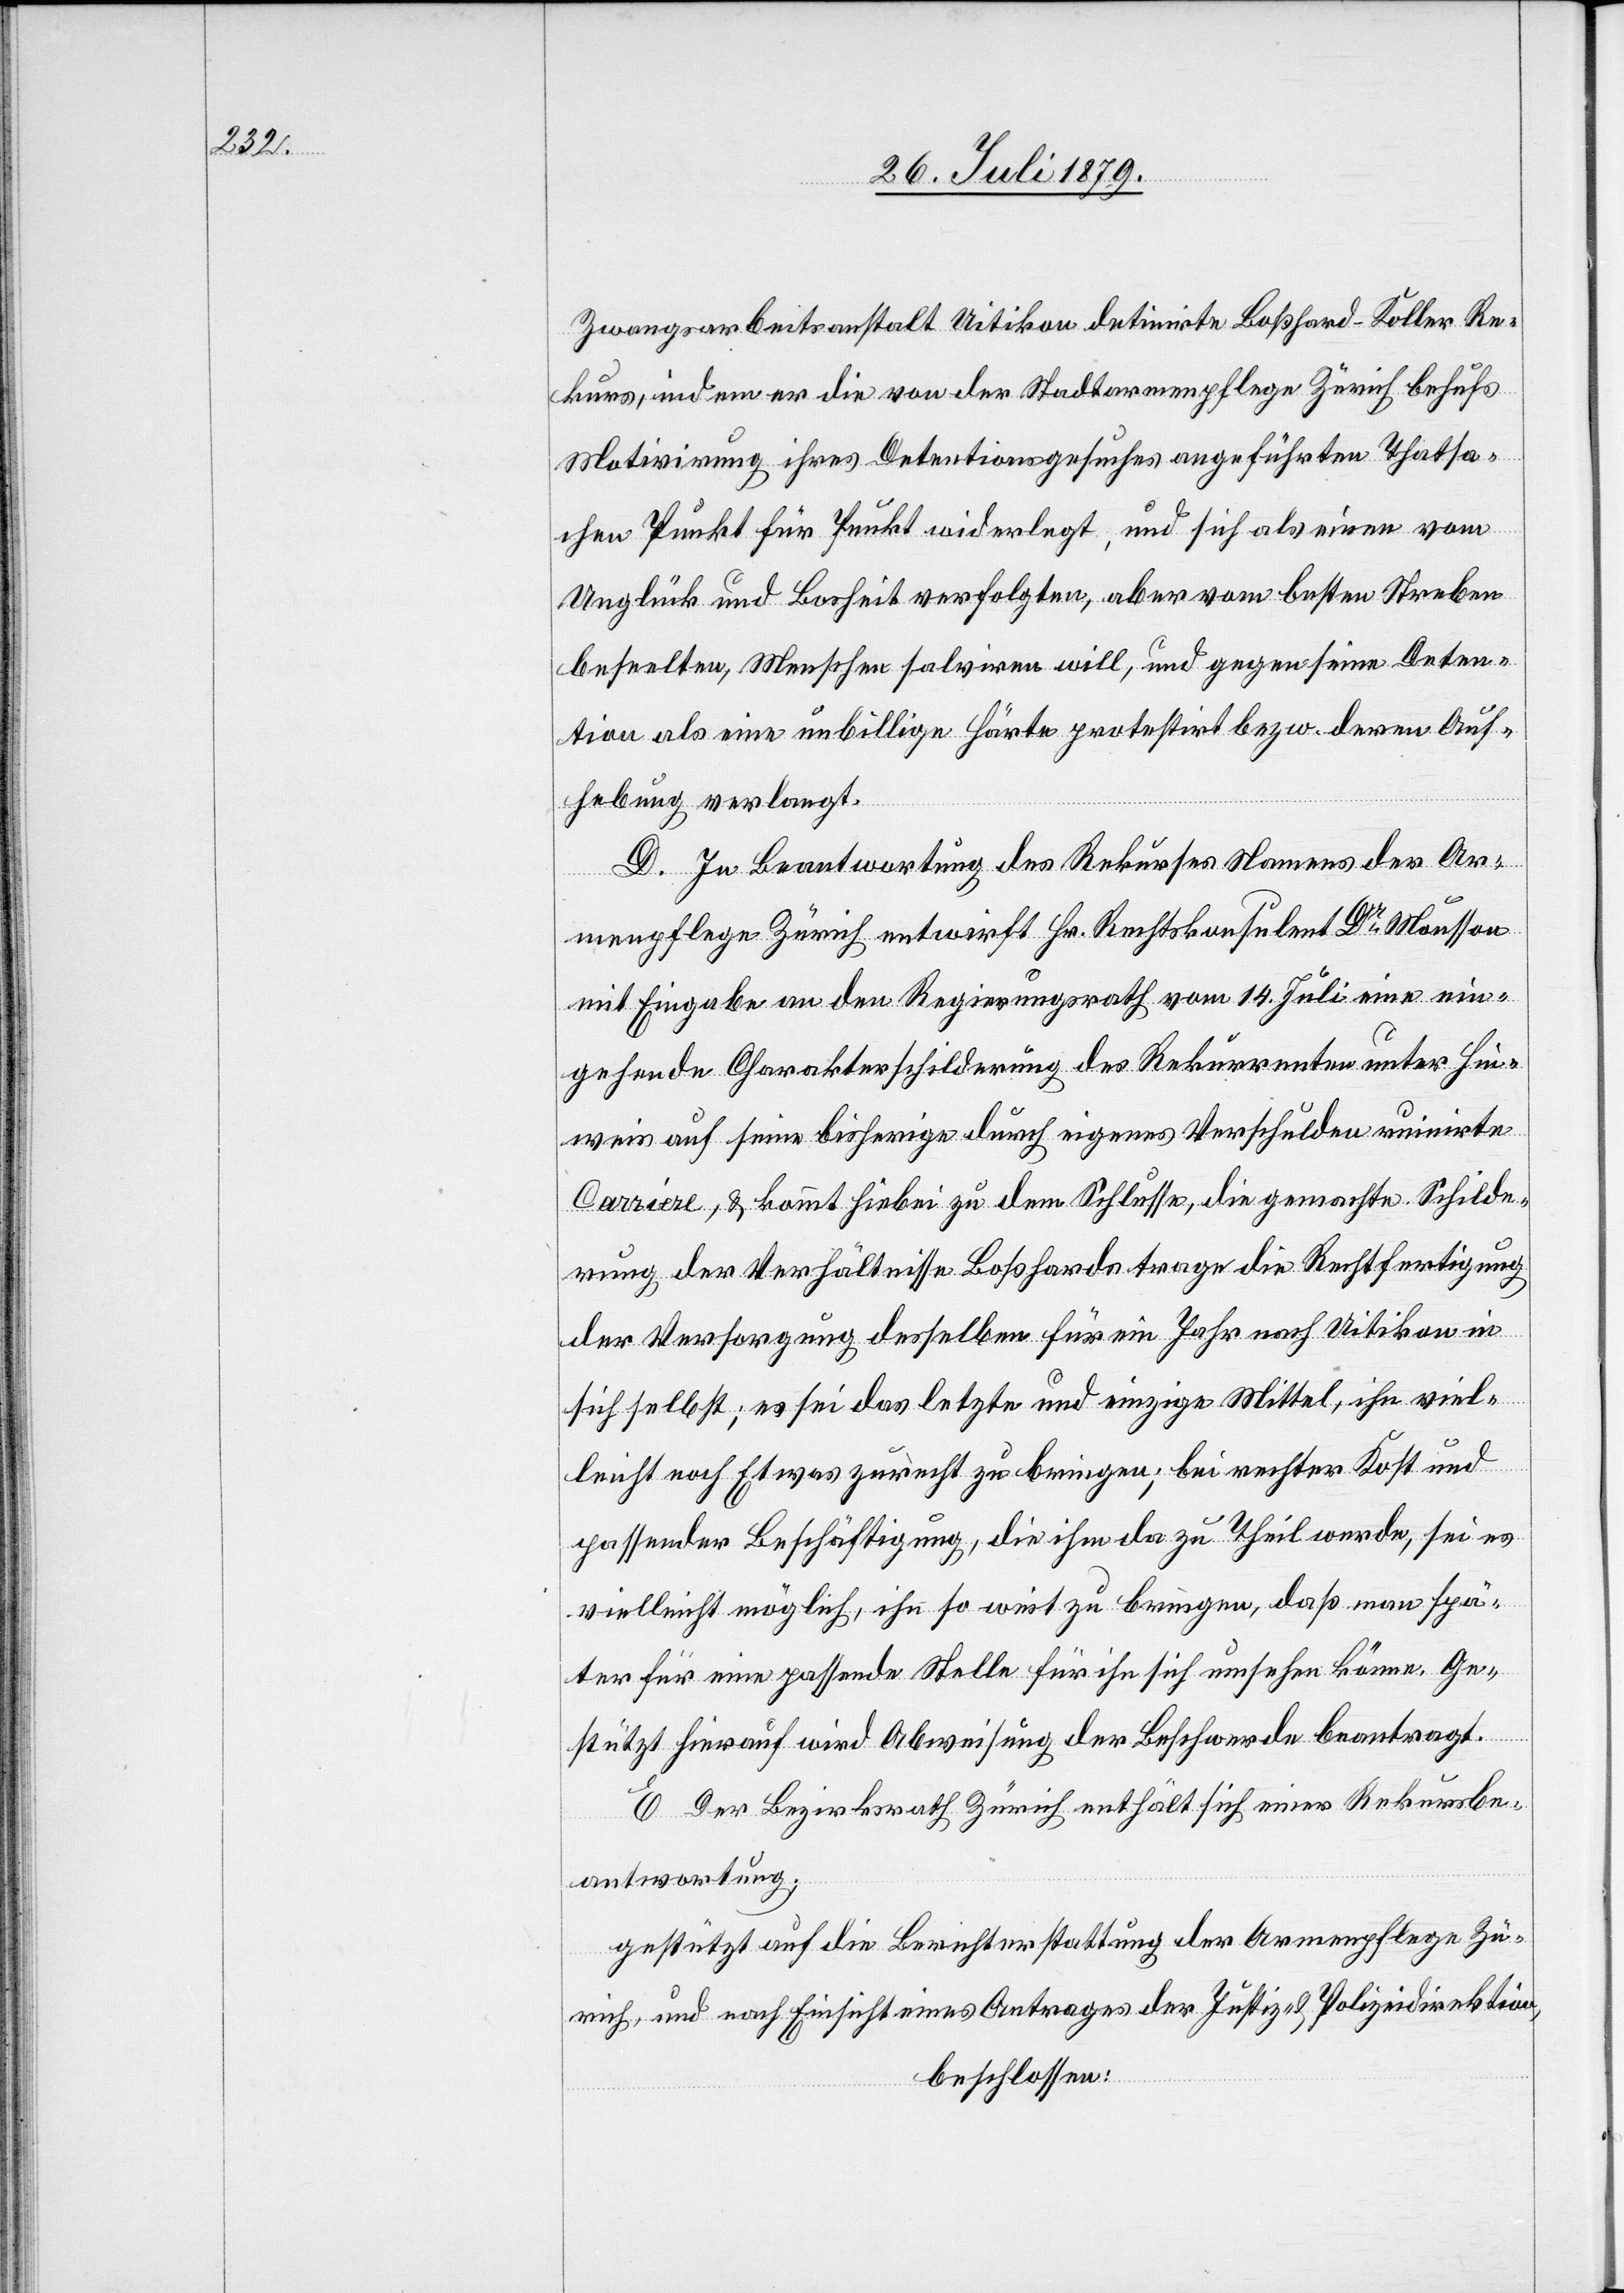
Rekursbe¬

Zwangsarbeitsanstalt Uitikon detinirte Boßhard-Koller Re¬
kurs, indem er die von der Stadtarmenpflege Zürich behufs
Motivirung ihres Detentionsgesuches angeführten Thatsa¬
chen Punkt für Punkt widerlegt, und sich als einen vom
Unglück und Bosheit verfolgten, aber vom besten Sterben
beseelten, Menschen salviren will, und gegen seine Deten¬
tion als eine unbillige Härte protestirt bezw. deren Auf¬
hebung verlangt.
D. In Beantwortung des Rekurses Namens der Ar¬
menpflege Zürich entwirft Hr. Rechtskonsulent Dr Mousson
mit Eingabe an den Regierungsrath vom 14. Juli eine ein¬
gehende Charakterschilderung des Rekurrenten unter Hin¬
weis auf seine bisherige durch eigenes Verschulden ruinirte
Carriere, & kommt hiebei zu dem Schlusse, die gemachte Schilde¬
rung der Verhältnisse Boßhards trage die Rechtfertigung
der Versorgung desselben für ein Jahr nach Uitikon in
sich selbst; es sei das letzte und einzige Mittel, ihn viel¬
leicht nach Etwas zurecht zu bringen; bei erster Kost und
passender Beschäftigung, die ihm da zu Theil werde, sei es
vielleicht möglich, ihn so weit zu bringen, daß man spä¬
ter für eine passende Stelle für ihn sich umsehen könne. Ge¬
stützt hierauf wird Abweisung der Beschwerde beantragt.
antwortung;
gestützt auf die Berichterstattung der Armenpflege Zü¬
rich, und nach Einsicht eines Antrages der Justiz- & Polizeidirektion,
beschlossen: